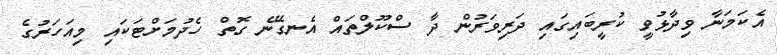
އެކަމަނާ ވިދާޅުވީ ކުރީބައިގައި ދަރިވަރުން ދާ ސްކޫލްތައް އެނގޭނެ ގޮތް ހެދުމަށްޓަކައި މިއަހަރުގެ